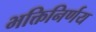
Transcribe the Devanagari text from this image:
भक्तिनिर्णय